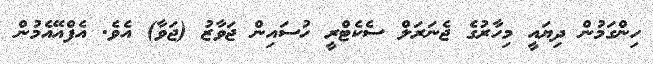
ހިންގަމުން ދިޔައީ މިހާރުގެ ޖެނަރަލް ސެކެޓްރީ ހުސައިން ޖަވާޒު (ޖަވާ) އެވެ. އެފްއޭއެމުން